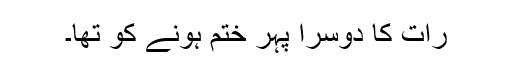
رات کا دوسرا پہر ختم ہونے کو تھا۔